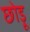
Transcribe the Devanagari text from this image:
छोड़ू